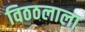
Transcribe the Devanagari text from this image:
विठठलाला